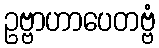
ဥဗ္ဗာဟာပေတဗ္ဗံ